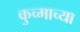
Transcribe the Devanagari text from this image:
कुच्माच्या